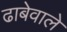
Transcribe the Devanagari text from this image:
ढाबेवाले